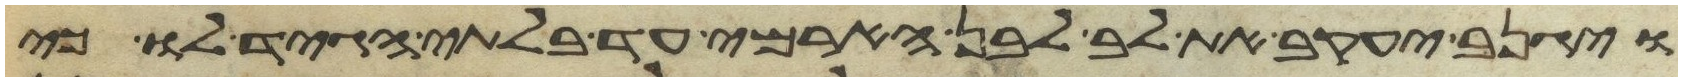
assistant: ויגנב יעקב את לב לבן הארמי עד בלתי הגיד לו כי